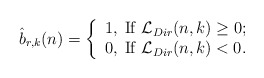
\begin{align*} \hat b_{r,k}(n) = \left\{ \begin{array}{l}1, \;{\rm If \;} \mathcal{L}_{Dir}(n,k) \geq 0; \\0, \;{\rm If \;} \mathcal{L}_{Dir}(n,k) < 0.\end{array} \right.\end{align*}